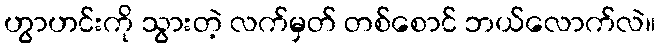
ဟွာဟင်းကို သွားတဲ့ လက်မှတ် တစ်စောင် ဘယ်လောက်လဲ။